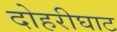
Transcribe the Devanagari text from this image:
दोहरीघाट